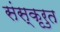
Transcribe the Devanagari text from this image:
संस्कृरुत